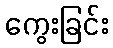
ကွေးခြင်း